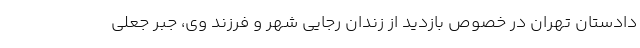
دادستان تهران در خصوص بازدید از زندان رجایی شهر و فرزند وی، جبر جعلی